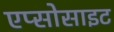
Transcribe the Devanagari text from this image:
एप्सोसाइट